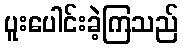
ပူးပေါင်းခဲ့ကြသည်